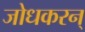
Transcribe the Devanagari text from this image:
जोधकरन्